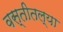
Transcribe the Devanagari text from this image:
वस्तीतल्या